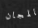
بالمجان